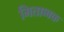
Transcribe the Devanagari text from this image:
मिताब्बक